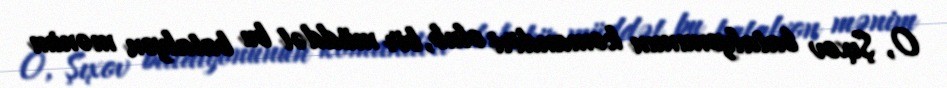
O, Şıxov batalyonunun komandiri olub, bir müddət bu batalyon mənim